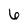
Character: 6